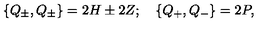
\left\{ Q _ { \pm } , Q _ { \pm } \right\} = 2 H \pm 2 Z ; \quad \left\{ Q _ { + } , Q _ { - } \right\} = 2 P ,